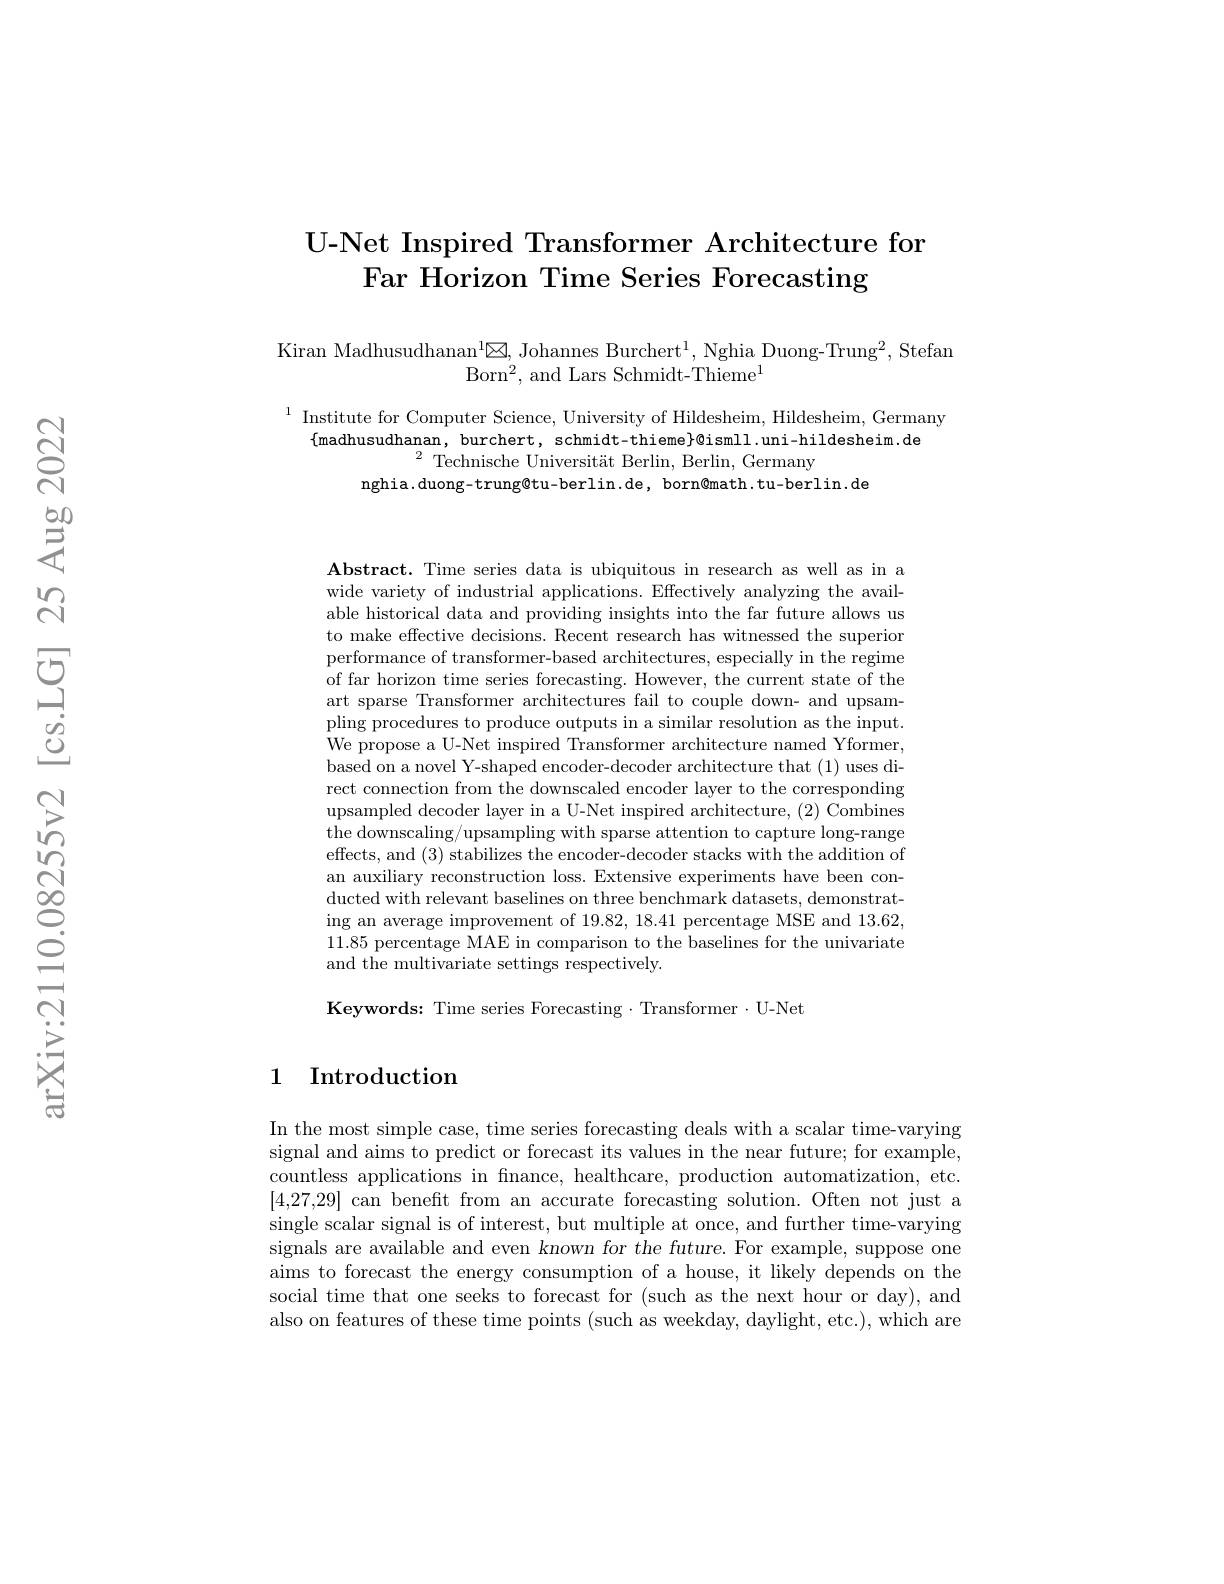
## U-Net Inspired Transformer Architecture for Far Horizon Time Series Forecasting

Kiran Madhusudhanan$^1\boxtimes$, Johannes Burchert$^1$, Nghia Duong-Trung$^2$, Stefan
Born$^2$,and Lars Schmidt-Thieme$^1$

$^{1}$ Institute for Computer Science, University of Hildesheim, Hildesheim, Germany
$\{$madhusudhanan, burchert, schmidt-thieme}@ismll.uni-hildesheim.de
$^{2}{\mathrm{~Technische~Universit\"{a}t~Berlin,~Berlin,~Germany}}$
nghia.duong-trung@tu-berlin.de, born@math.tu-berlin.de

$\mathbf{Abstract.~Time~series~data~is~ubiquitous~in~research~as~well~as~in~a}$ wide variety of industrial applications. Effectively analyzing the available historical data and providing insights into the far future allows us to make effective decisions. Recent research has witnessed the superior performance of transformer-based architectures, especially in the regime of far horizon time series forecasting. However, the current state of the art sparse Transformer architectures fail to couple down- and upsampling procedures to produce outputs in a similar resolution as the input. We propose a U-Net inspired Transformer architecture named Yformer, based on a novel Y-shaped encoder-decoder architecture that (1) uses direct connection from the downscaled encoder layer to the corresponding upsampled decoder layer in a U-Net inspired architecture, (2) Combines the downscaling/upsampling with sparse attention to capture long-range effects, and (3) stabilizes the encoder-decoder stacks with the addition of an auxiliary reconstruction loss. Extensive experiments have been conducted with relevant baselines on three benchmark datasets, demonstrating an average improvement of 19.82, 18.41 percentage MSE and 13.62, 11.85 percentage MAE in comparison to the baselines for the univariate and the multivariate settings respectively.

Keywords: Time series Forecasting·Transformer·U-Net

## 1 Introduction

In the most simple case, time series forecasting deals with a scalar time-varying signal and aims to predict or forecast its values in the near future; for example, countless applications in fnance, healthcare, production automatization, etc. [4,27,29] can beneft from an accurate forecasting solution. Often not just a single scalar signal is of interest, but multiple at once, and further time-varying signals are available and even known for the future. For example, suppose one aims to forecast the energy consumption of a house, it likely depends on the social time that one seeks to forecast for (such as the next hour or day), and also on features of these time points (such as weekday, daylight, etc.), which are